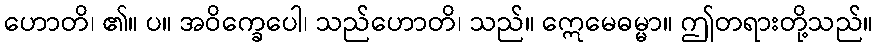
ဟောတိ၊ ၏။ ပ။ အဝိက္ခေပေါ၊ သည်ဟောတိ၊ သည်။ ဣေမေဓမ္မာ။ ဤတရားတို့သည်။